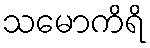
သမောကိရိ